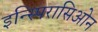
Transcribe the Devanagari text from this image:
इन्स्पिरासिओन